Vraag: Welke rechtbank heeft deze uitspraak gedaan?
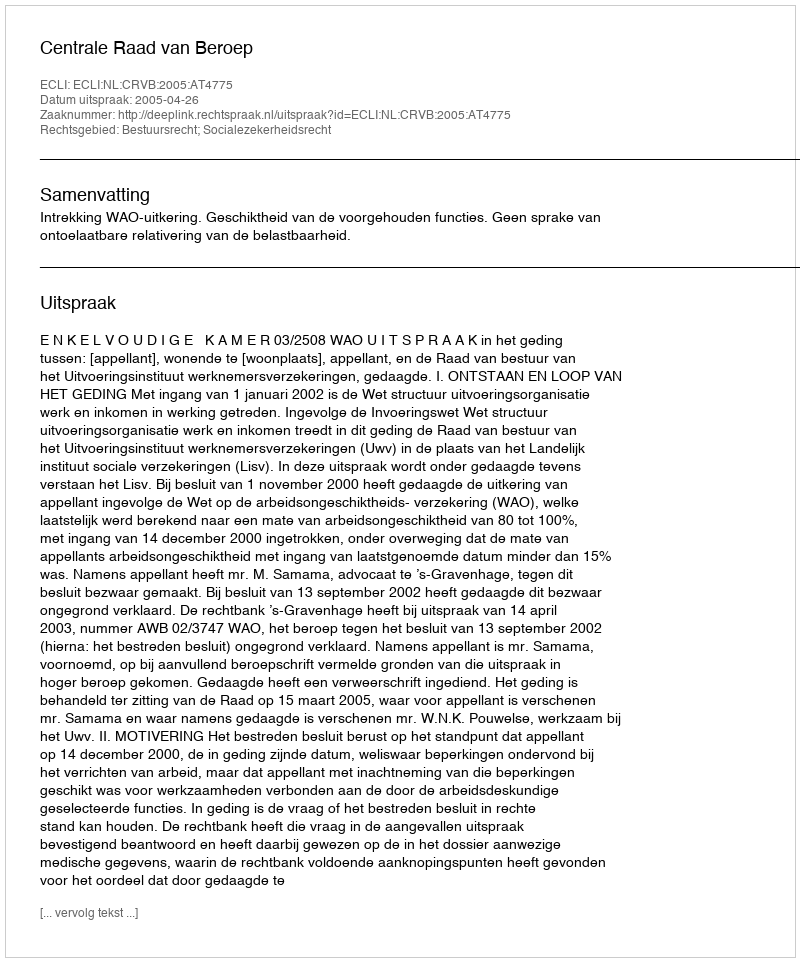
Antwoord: Centrale Raad van Beroep